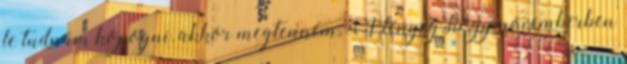
le tudnám kopogni, akkor megtenném. A lényeg, hogy novemberben